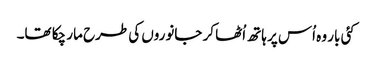
کئی بار وہ اُس پر ہاتھ اُٹھا کر جانوروں کی طرح مار چکا تھا۔